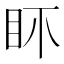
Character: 𥄚